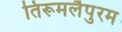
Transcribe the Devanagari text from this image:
तिरूमलैपुरम